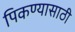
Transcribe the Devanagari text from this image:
पिकण्यासाठी